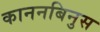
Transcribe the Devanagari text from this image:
काननबिनुस